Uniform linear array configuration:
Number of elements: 32
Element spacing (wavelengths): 0.25
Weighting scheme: kaiser
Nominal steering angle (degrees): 45
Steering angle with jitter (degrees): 44.346
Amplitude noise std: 0.05
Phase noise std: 0.05

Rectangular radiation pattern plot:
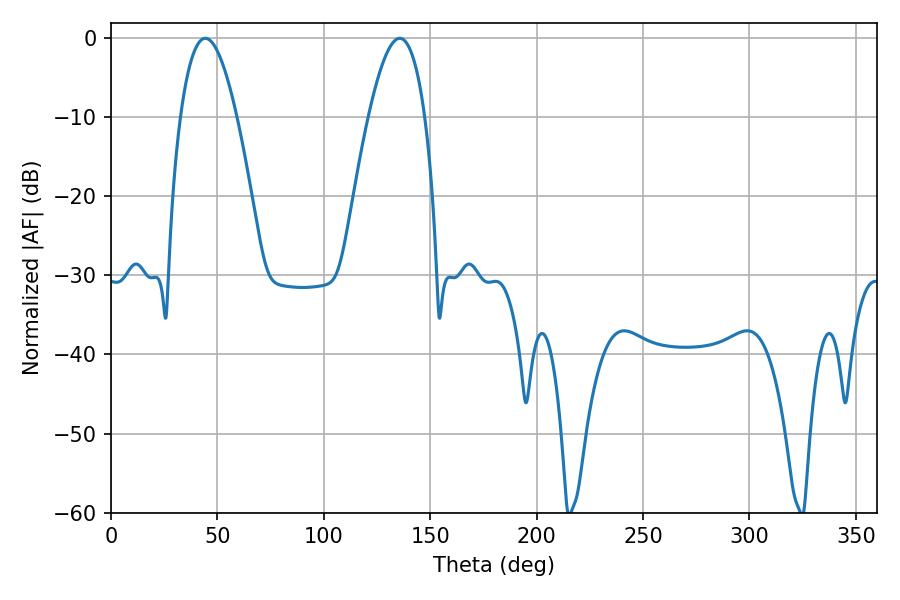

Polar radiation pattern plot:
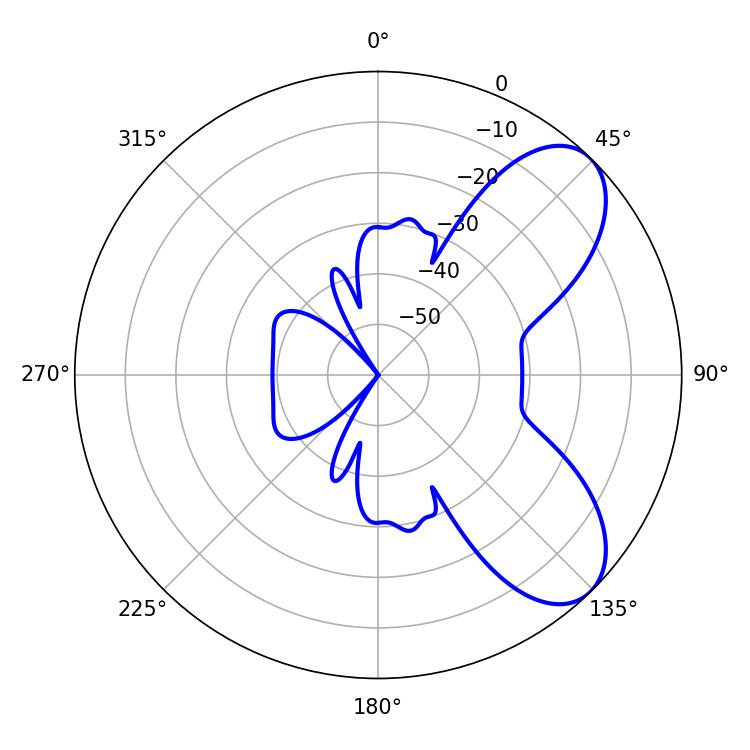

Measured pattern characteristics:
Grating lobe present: FALSE
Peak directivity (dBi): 7.152
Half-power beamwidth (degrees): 14.4
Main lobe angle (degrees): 44.28